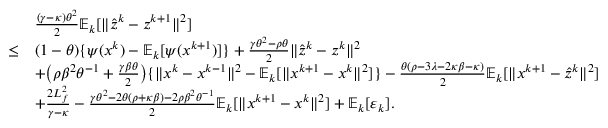
\begin{array} { r l } & { \frac { ( \gamma - \kappa ) \theta ^ { 2 } } { 2 } \mathbb { E } _ { k } [ \| \hat { z } ^ { k } - z ^ { k + 1 } \| ^ { 2 } ] } \\ { \leq } & { ( 1 - \theta ) \{ \psi ( x ^ { k } ) - \mathbb { E } _ { k } [ \psi ( x ^ { k + 1 } ) ] \} + \frac { \gamma \theta ^ { 2 } - \rho \theta } { 2 } \| \hat { z } ^ { k } - z ^ { k } \| ^ { 2 } } \\ & { + \big ( \rho \beta ^ { 2 } \theta ^ { - 1 } + \frac { \gamma \beta \theta } { 2 } \big ) \{ \| x ^ { k } - x ^ { k - 1 } \| ^ { 2 } - \mathbb { E } _ { k } [ \| x ^ { k + 1 } - x ^ { k } \| ^ { 2 } ] \} - \frac { \theta ( \rho - 3 \lambda - 2 \kappa \beta - \kappa ) } { 2 } \mathbb { E } _ { k } [ \| x ^ { k + 1 } - \hat { z } ^ { k } \| ^ { 2 } ] } \\ & { + \frac { 2 L _ { f } ^ { 2 } } { \gamma - \kappa } - \frac { \gamma \theta ^ { 2 } - 2 \theta ( \rho + \kappa \beta ) - 2 \rho \beta ^ { 2 } \theta ^ { - 1 } } { 2 } \mathbb { E } _ { k } [ \| x ^ { k + 1 } - x ^ { k } \| ^ { 2 } ] + \mathbb { E } _ { k } [ \varepsilon _ { k } ] . } \end{array}